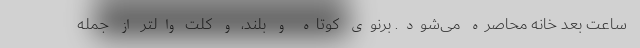
ساعت بعد خانه محاصره می‌شود. برنوی کوتاه و بلند، و کلت والتر از جمله